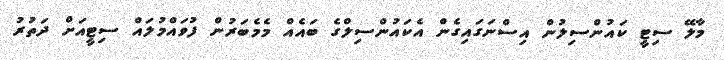
މާލޭ ސިޓީ ކައުންސިލުން އިސްނަގައިގެން އެކައުންސިލްގެ ބައެއް މެމެބަރުން ފުވައްމުލައް ސިޓީއަށް ދަތުރު